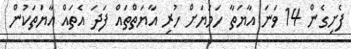
ފެށިގެން 14 ވަނަ އާޔަތާ ހަމަޔަށް ހުރި އާޔަތްތައް ފަދަ އެތައް އާޔަތަކުން